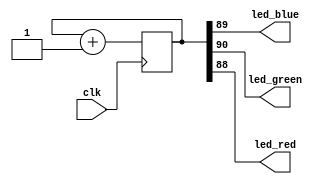

module rgb_test (input clk,
                 output led_blue,
                 output led_green,
                 output led_red);


//-- Modify this value for changing the blink frequency
localparam N = 90;  //-- N<=21 Fast, N>=23 Slow

reg [N:0] counter;
always @(posedge clk)
  counter <= counter + 1;

assign led_green = counter[N];
assign led_blue = counter[N-1];
assign led_red = counter[N-2];

endmodule